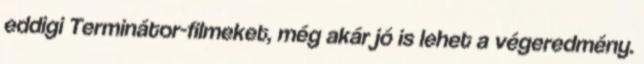
eddigi Terminátor-filmeket, még akár jó is lehet a végeredmény.